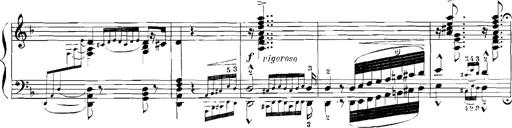
Title: Rhapsodies hongroises
Composer: Franz Liszt